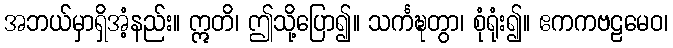
အဘယ်မှာရှိအံ့နည်း။ ဣတိ၊ ဤသို့ပြော၍။ သင်္ကဍ္ဎတွာ၊ စုံရုံး၍။ ဧကကဗဠမေဝ၊